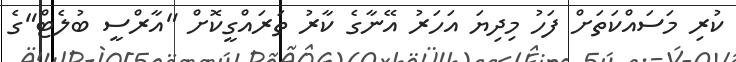
ކުރި މަސައްކަތަށް ފަހު މިދިޔަ އަހަރު އޭނާގެ ކާރު ތަރައްގީކޮށް "އާރްސީ ބުލެޓް"ގެ